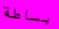
بساطة